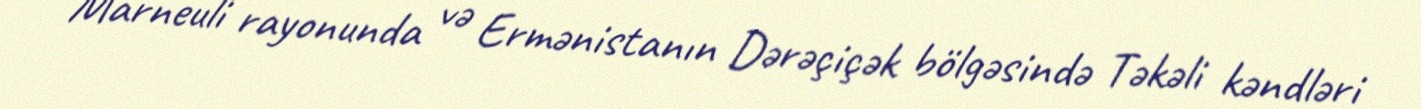
Marneuli rayonunda və Ermənistanın Dərəçiçək bölgəsində Təkəli kəndləri